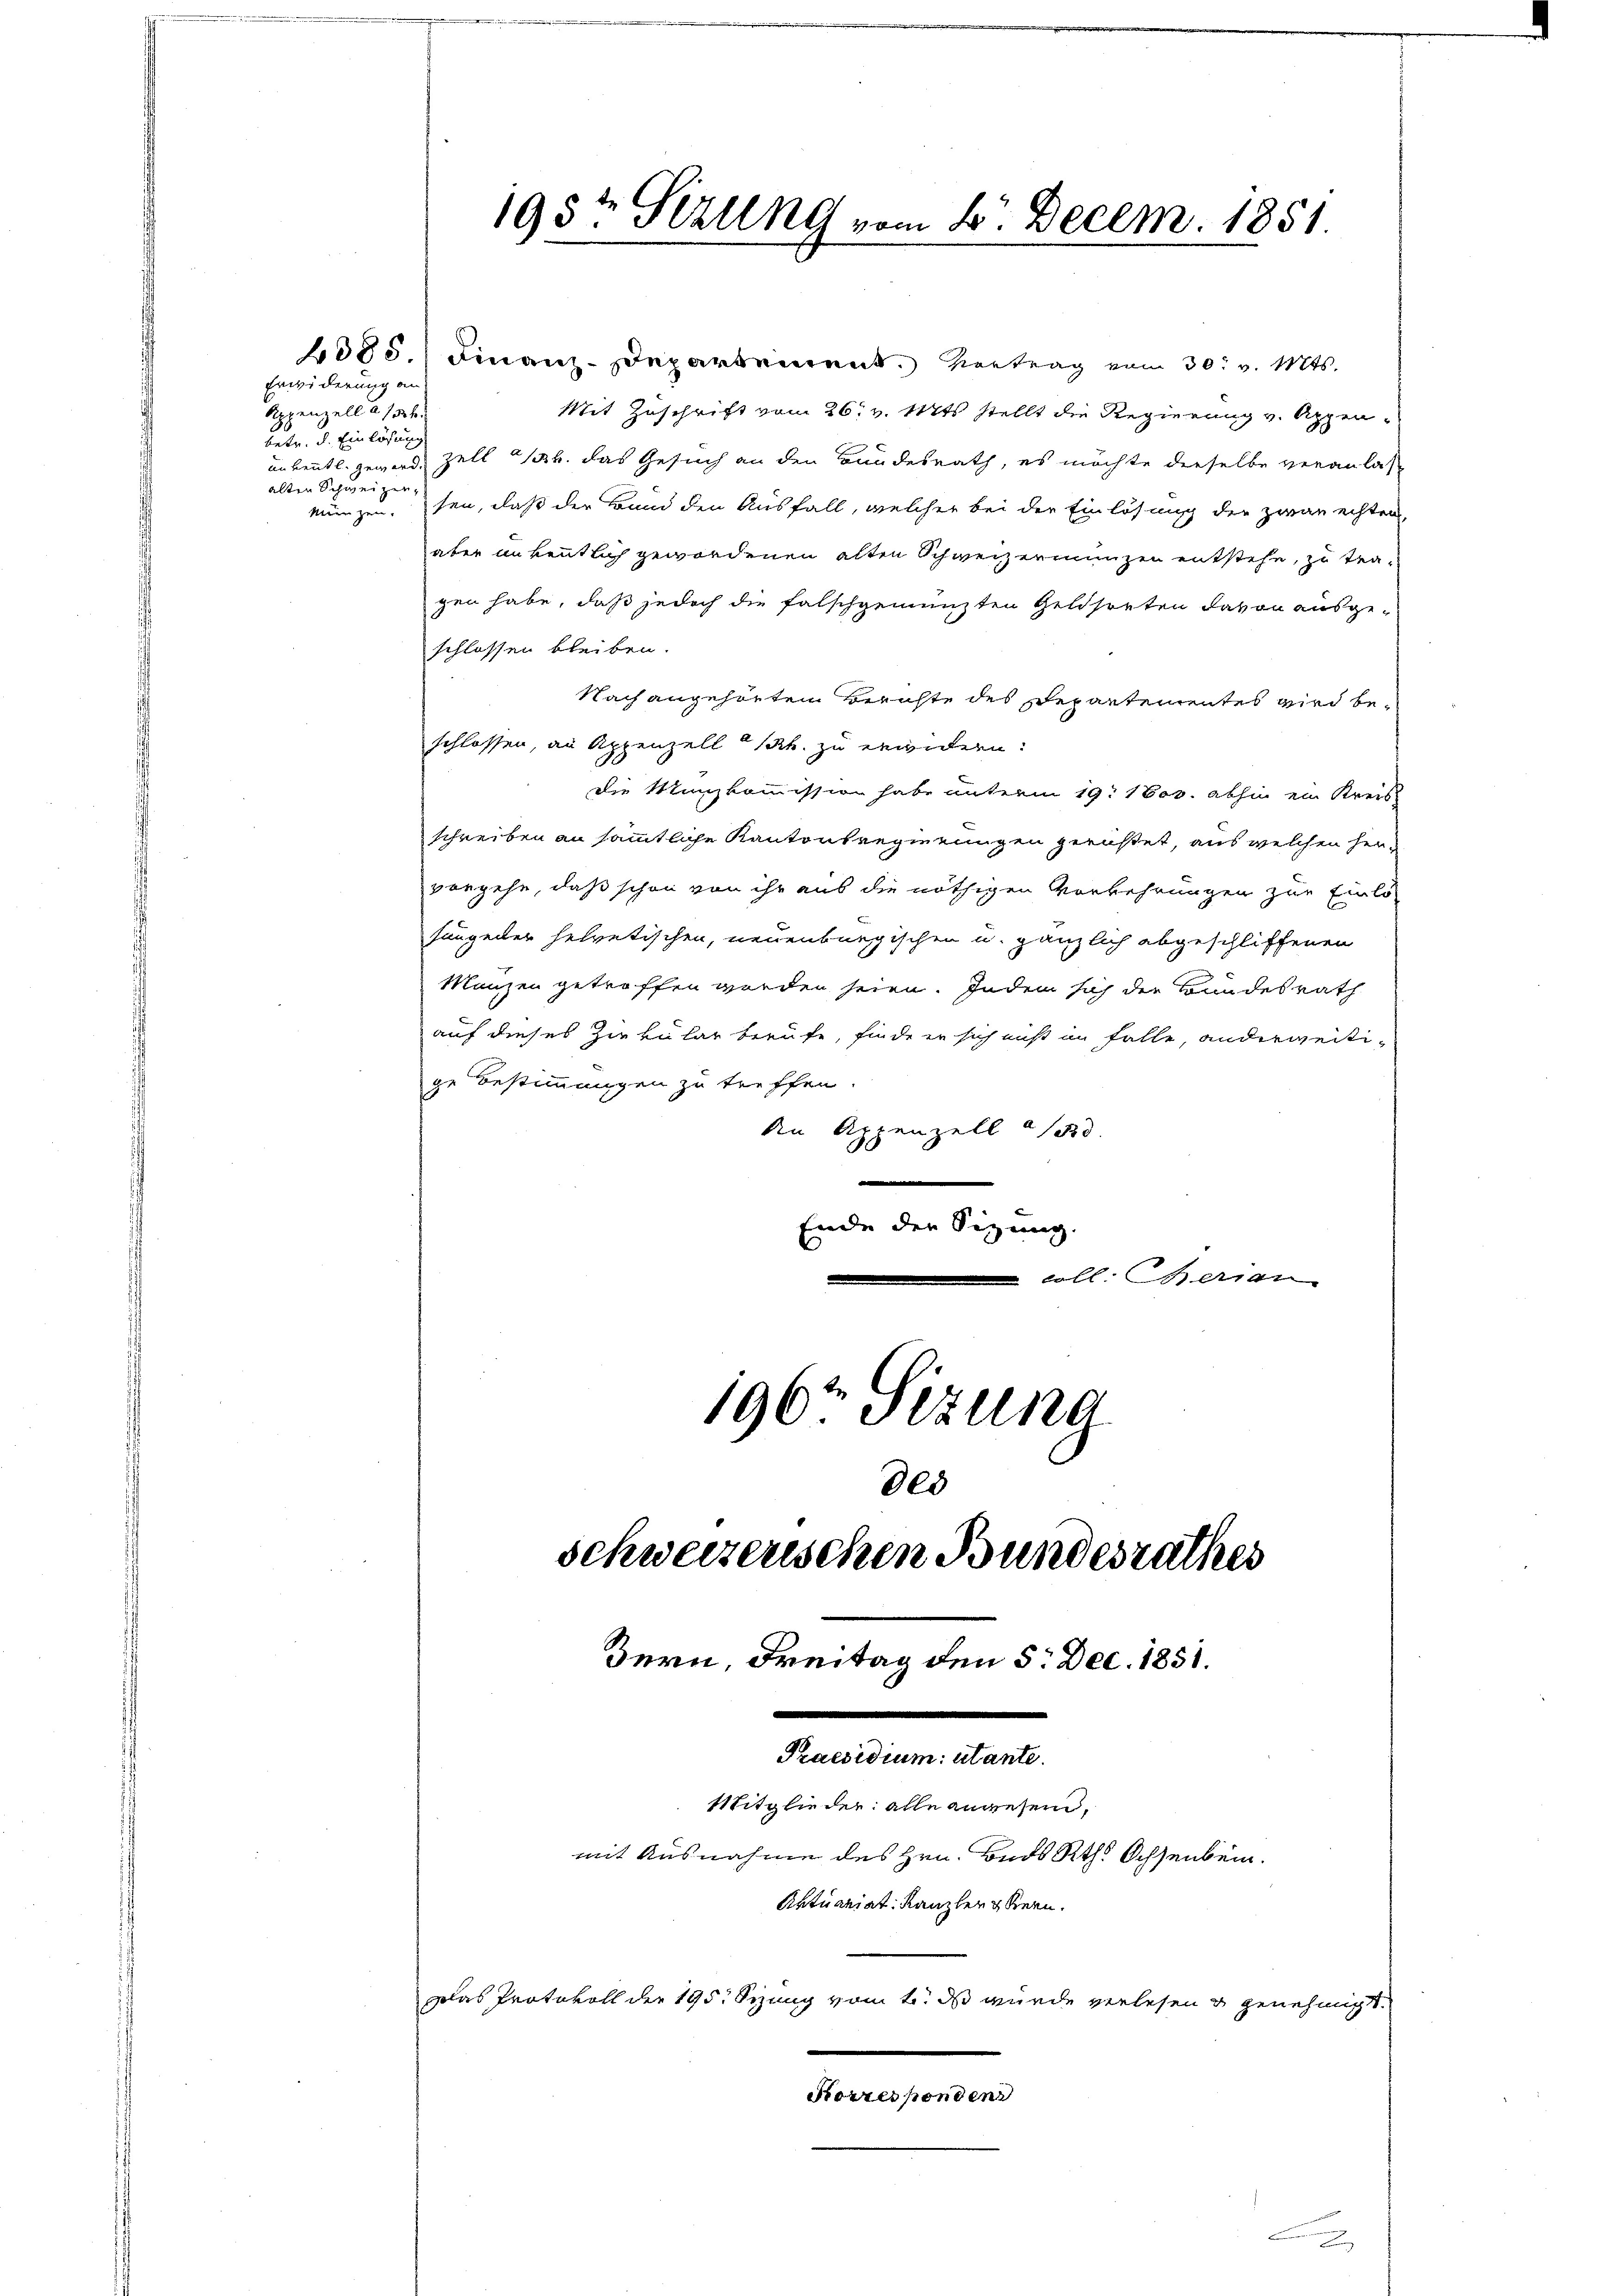
Erwidern
Appenzell a. Joh.
betr. d. Einlösung
alten Schweizer,

2085.) Finanz-Departement. Vertrag vom 30. v. Mts.
Mit Zuschrift vom 26. v. Mts. stellt die Regierung v. Appenunkenntl. geworden Zell h. das Gesuch an den Bundesrath, es möchte derselbe veranlas
münzen. sen, daß der Band den Ausfall, welcher bei der Einlösung der zwar echten,
aber unkenntlich gewordenen alten Schweizermünzen entstehe, zu tra-
gen habe, daß jedoch die falschgementen Geldsorten davon ausgeschlossen bleiben.
Nach angehörten Berichte des Departementes wird be-
schlossen, an Appenzell a/Rh. zu erwidern:
Die Manzkommission habe unterm 19. 1803. abhin ein Kreis
schreiben an sämmtliche Kantonsregierungen gerüstet, aus welchen hervorgehe, daß schon von ihr aus die nöthigen Vorkehrungen zur Einlö
sungener helvetischen, neuenburgischen u. gänzlich abgeschliffenen
Manzen getroffen worden seien. Indem sich der Bundesrath
auf dieses Ziekular berufe, finde er sich nicht im Falle, anderweitige Bestimmungen zu treffen.
An Appenzell 150.
u
Ende der Sizung.
coll. Herren
196t Sizung

800
Bern, Freitag den 5. Dec. 1851.
Praesidium utante.
Mitglieder: alle anwesend,
mit Ausnahme des Hrn. Bnds Rth. Ochsenbein.
Aktuariat. Kanzler gern.
polas Protokoll der 195. Sizung vom 1. ds wurde verlesen u genehmigt.
Korresponden

195t Sezung vom 4. Decem. 1851.

schweizerischen Bundesrathes